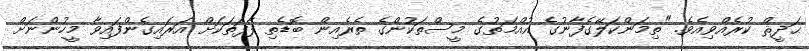
ޙަދީޘް ކުރެއްވިއެވެ. "ތިމަންކަލޭގެފާނުގެ އުއްމަތުގެ މީސްތަކުންގެ ތެރެއިން ބޮޑެތި ފާފަތަކަށް އަރައިގެންފައިވާ މީހުންނަށް